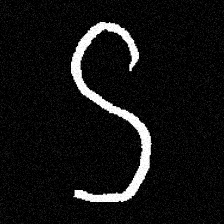
Pyu character \u2014 Myanmar letter: ဌ (romanized: ttha)